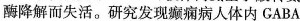
酶降解而失活。研究发现癫痫病人体内GABA